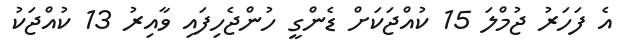
އެ ފަހަރު ޖުމްލަ 15 ކުއްޖަކަށް ޑެންގީ ހުންޖެހިފައި ވާއިރު 13 ކުއްޖަކު